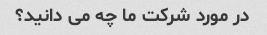
در مورد شرکت ما چه می دانید؟